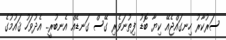
ސަރުކާރު ހިނގައްޖެއޭ ކިޔާ ބޮޑު ފިތުނަވެރި ގޭސް ގަނޑެއް އެނބުރީ.. އެދުވަހު ޤައުމުގެ